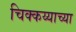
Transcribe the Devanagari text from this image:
चिक्कय्याच्या